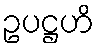
ဥပဋ္ဌဟိ